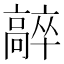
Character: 𩫛